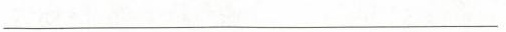
___